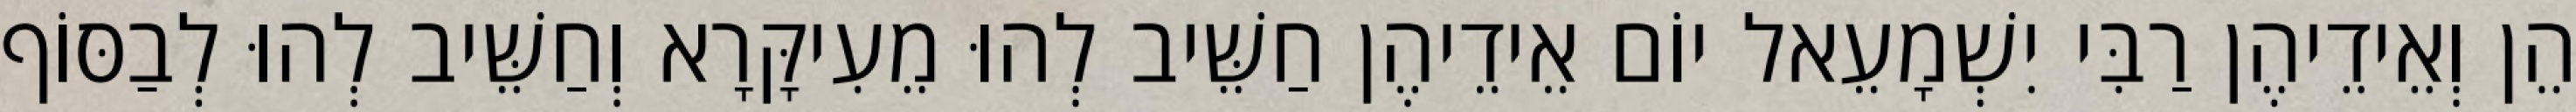
הֵן וְאֵידֵיהֶן רַבִּי יִשְׁמָעֵאל יוֹם אֵידֵיהֶן חַשֵּׁיב לְהוּ מֵעִיקָּרָא וְחַשֵּׁיב לְהוּ לְבַסּוֹף